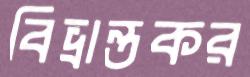
বিভ্রান্তকর